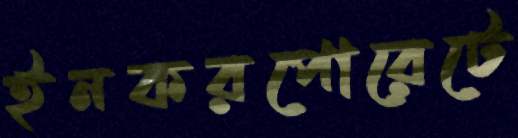
ইনকরপোরেটে